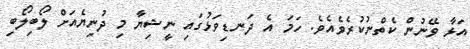
އަޅާ ވޭނުން ކެތްނުކުރެވެެއެވެ. ހަމަ އެ ދަނޑިވަޅުގައި ނީޝިޔާ މި ދުނިޔެއަށް ލޯބިލޯބި